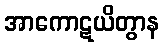
အာကောဋယိတွာန